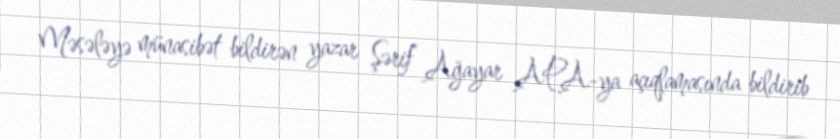
Məsələyə münasibət bildirən yazar Şərif Ağayar APA-ya açıqlamasında bildirib